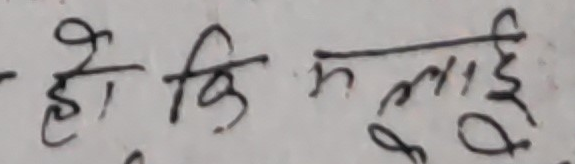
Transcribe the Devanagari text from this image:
हे कि मलाई